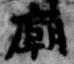
廟